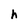
Character: h